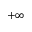
+ \infty